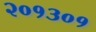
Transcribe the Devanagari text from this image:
२०१३०१